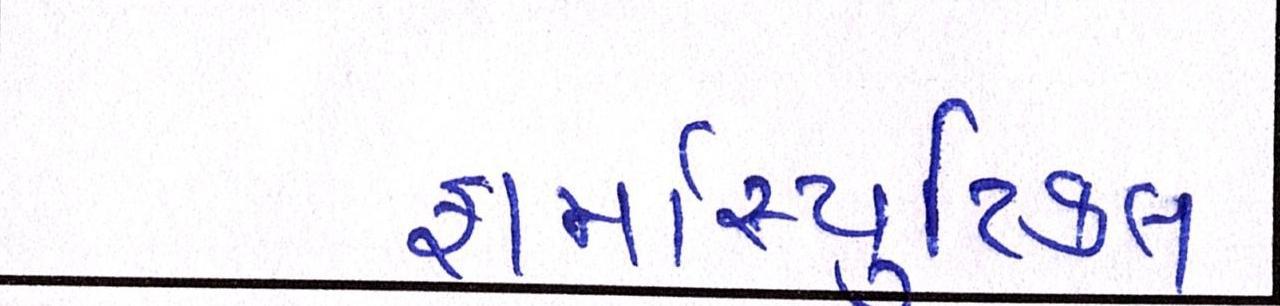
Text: ફાર્માસ્યુટિકલ